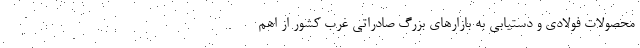
محصولات فولادی و دستیابی به بازارهای بزرگ صادراتی غرب کشور از اهم